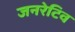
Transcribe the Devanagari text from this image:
जनरेटिव